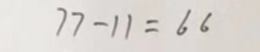
7 7 - 1 1 = 6 6